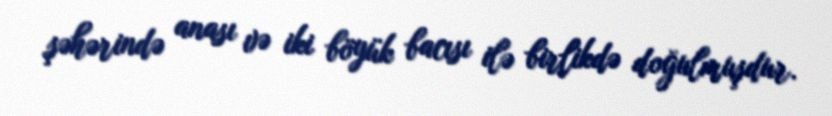
şəhərində anası və iki böyük bacısı ilə birlikdə doğulmuşdur.